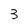
Character: 3